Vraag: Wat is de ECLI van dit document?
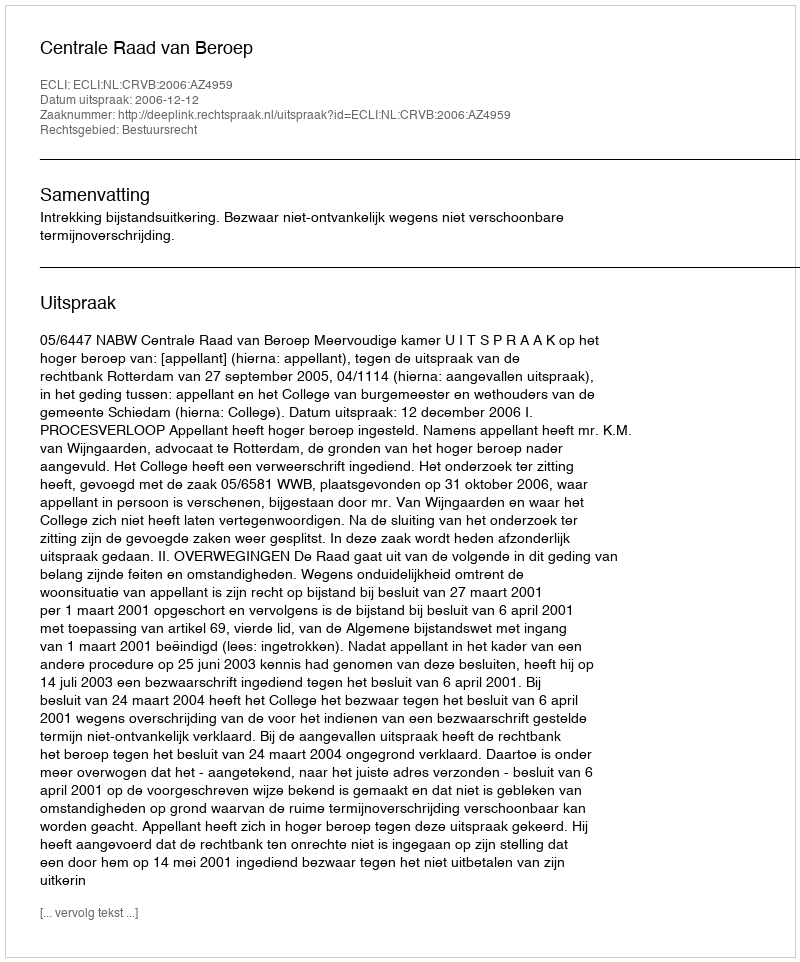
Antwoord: ECLI:NL:CRVB:2006:AZ4959